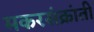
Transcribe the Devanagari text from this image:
मकरसंक्रांती